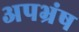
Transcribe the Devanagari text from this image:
अपभ्रंष